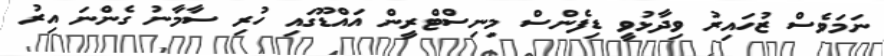
ނަމަވެސް ޒުހައިރު ވިދާޅުވީ ޑިފެންސް މިނިސްޓްރީން އައްޑޫގައި ހުރި ސާމާނު ގެންނަ އިރު